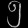
Digit: ၅